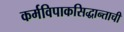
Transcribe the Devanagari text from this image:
कर्मविपाकसिद्धान्ताची